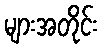
များအတိုင်း